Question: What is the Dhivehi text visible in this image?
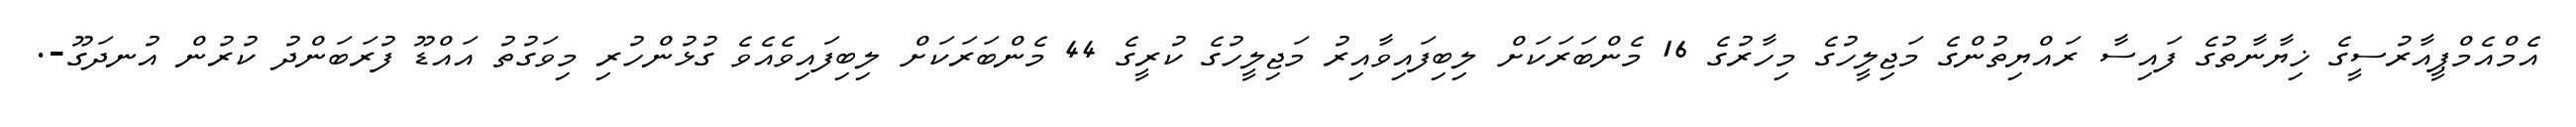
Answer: އެމްއެމްޕީއާރުސީގެ ޚިޔާނާތުގެ ފައިސާ ރައްޔިތުންގެ މަޖިލީހުގެ މިހާރުގެ 16 މެންބަރަކަށް ލިބިފައިވާއިރު މަޖިލީހުގެ ކުރީގެ 44 މެންބަރަކަށް ލިބިފައިވެއެވެ ގުޅުންހުރި މިވަގުތު އައްޑޫ ފުރަބަންދު ކުރުން އުނދަގޫ-.